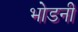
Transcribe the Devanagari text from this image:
भोडनी